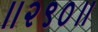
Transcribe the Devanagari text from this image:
॥२९०॥